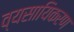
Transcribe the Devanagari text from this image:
व्यसायिकरण